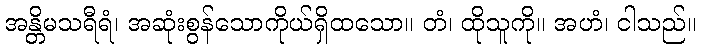
အန္တိမသရီရံ၊ အဆုံးစွန်သောကိုယ်ရှိထသော။ တံ၊ ထိုသူကို။ အဟံ၊ ငါသည်။